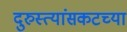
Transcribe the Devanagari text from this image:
दुरुस्त्यांसकटच्या